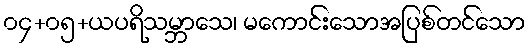
၀၄+၀၅+ယပရိသမ္ဘာသေ၊ မကောင်းသောအပြစ်တင်သော